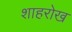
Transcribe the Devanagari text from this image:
शाहरोख